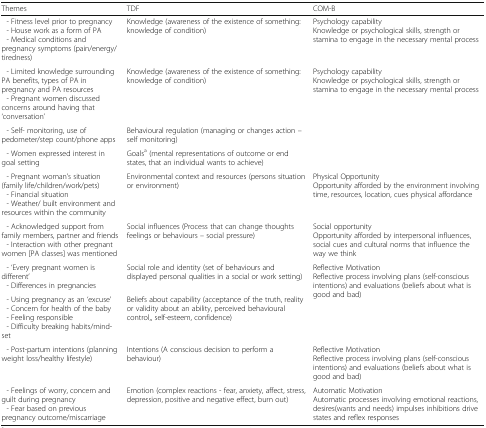
| Themes | TDF | COM-B |
 | --- | --- | --- |
 | - Fitness level prior to pregnancy - House work as a form of PA - Medical conditions and pregnancy symptoms (pain/energy/tiredness) | Knowledge (awareness of the existence of something: knowledge of condition) | Psychology capabilityKnowledge or psychological skills, strength or stamina to engage in the necessary mental process |
 | - Limited knowledge surrounding PA benefits, types of PA in pregnancy and PA resources - Pregnant women discussed concerns around having that ‘conversation’ | Knowledge (awareness of the existence of something: knowledge of condition) | <ROWSPAN=3> Psychology capabilityKnowledge or psychological skills, strength or stamina to engage in the necessary mental process |
 | - Self- monitoring, use of pedometer/step count/phone apps | Behavioural regulation (managing or changes action – self monitoring) |
 | - Women expressed interest in goal setting | Goalsa (mental representations of outcome or end states, that an individual wants to achieve) |
 | - Pregnant woman’s situation (family life/children/work/pets) - Financial situation - Weather/ built environment and resources within the community | Environmental context and resources (persons situation or environment) | Physical OpportunityOpportunity afforded by the environment involving time, resources, location, cues physical affordance |
 | - Acknowledged support from family members, partner and friends - Interaction with other pregnant women [PA classes] was mentioned | Social influences (Process that can change thoughts feelings or behaviours – social pressure) | Social opportunityOpportunity afforded by interpersonal influences, social cues and cultural norms that influence the way we think |
 | - ‘Every pregnant women is different’ - Differences in pregnancies | Social role and identity (set of behaviours and displayed personal qualities in a social or work setting) | <ROWSPAN=2> Reflective MotivationReflective process involving plans (self-conscious intentions) and evaluations (beliefs about what is good and bad) |
 | - Using pregnancy as an ‘excuse’ - Concern for health of the baby - Feeling responsible - Difficulty breaking habits/mind-set | Beliefs about capability (acceptance of the truth, reality or validity about an ability, perceived behavioural control,, self-esteem, confidence) |
 | - Post-partum intentions (planning weight loss/healthy lifestyle) | Intentions (A conscious decision to perform a behaviour) | Reflective MotivationReflective process involving plans (self-conscious intentions) and evaluations (beliefs about what is good and bad) |
 | - Feelings of worry, concern and guilt during pregnancy - Fear based on previous pregnancy outcome/miscarriage | Emotion (complex reactions - fear, anxiety, affect, stress, depression, positive and negative effect, burn out) | Automatic MotivationAutomatic processes involving emotional reactions, desires(wants and needs) impulses inhibitions drive states and reflex responses |